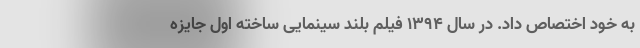
به خود اختصاص داد. در سال ۱۳۹۴ فیلم بلند سینمایی ساخته اول جایزه